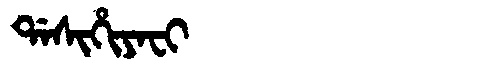
Manchu: ᡩᠠᠰᡳᡥᡳᠶᠠᠸᡳ
Romanization: DASIHIYAFI